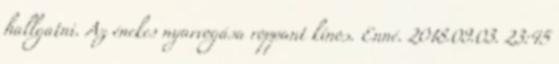
hallgatni. Az énekes nyarvogása roppant kínos. Enné. 2018.09.03. 23:45